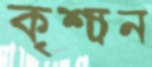
কৃশ্চান